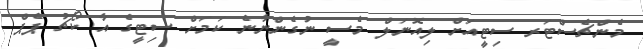
މެންޗެސްޓަރ ސިޓީއަށް ލިއޮނަލް މެސީ ނުގެންނާނެ ކަމަށް ސިޓީގެ އާ ކޯޗު ޕެޕް